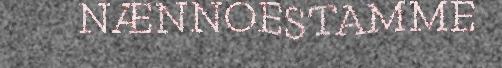
NÆNNOESTAMME